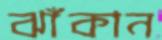
ঝাঁকান